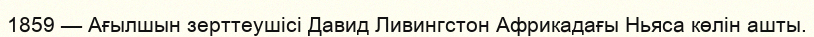
1859 — Ағылшын зерттеушiсi Давид Ливингстон Африкадағы Ньяса көлін ашты.